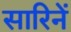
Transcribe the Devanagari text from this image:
सारिनें